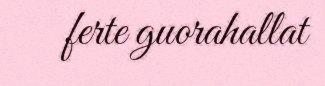
ferte guorahallat